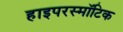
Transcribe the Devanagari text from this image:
हाइपरस्मॉटिक